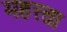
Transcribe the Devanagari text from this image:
महत्त्ता